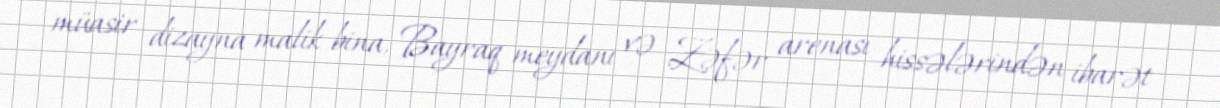
müasir dizayna malik bina, Bayraq meydanı və Zəfər arenası hissələrindən ibarət